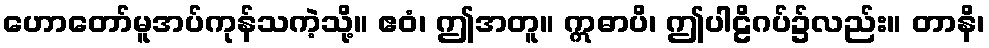
ဟောတော်မူအပ်ကုန်သကဲ့သို့။ ဧဝံ၊ ဤအတူ။ ဣဓာပိ၊ ဤပါဠိဂပ်၌လည်း။ တာနိ၊